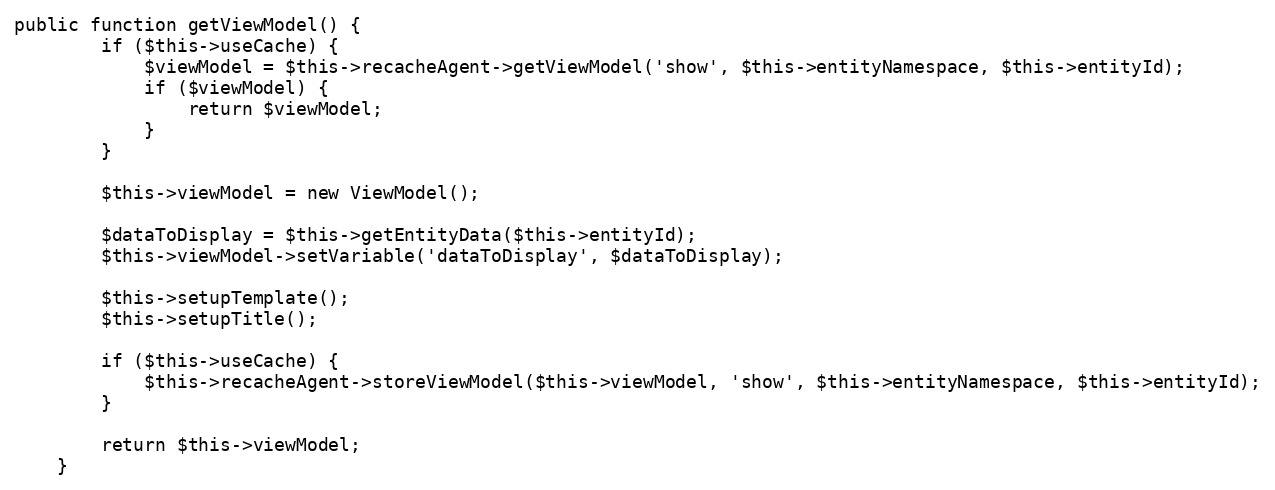
Language: PHP
public function getViewModel() {
		if ($this->useCache) {
			$viewModel = $this->recacheAgent->getViewModel('show', $this->entityNamespace, $this->entityId);
			if ($viewModel) {
				return $viewModel;
			}
		}

		$this->viewModel = new ViewModel();

		$dataToDisplay = $this->getEntityData($this->entityId);
		$this->viewModel->setVariable('dataToDisplay', $dataToDisplay);

		$this->setupTemplate();
		$this->setupTitle();

		if ($this->useCache) {
			$this->recacheAgent->storeViewModel($this->viewModel, 'show', $this->entityNamespace, $this->entityId);
		}

		return $this->viewModel;
	}